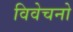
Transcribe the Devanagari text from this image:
विवेचनो